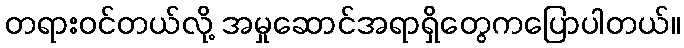
တရားဝင်တယ်လို့ အမှုဆောင်အရာရှိတွေကပြောပါတယ်။